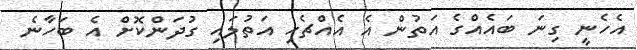
އެހެނީ ގިނަ ބައެއްގެ އަތުން އެ އެއްޗެހި އަތުލައި ގުދަންކޮށް އެ ބަހާނެ